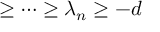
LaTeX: \geq \cdots \geq \lambda _ { n } \geq - d